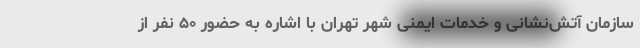
سازمان آتش‌نشانی و خدمات ایمنی شهر تهران با اشاره به حضور ۵۰ نفر از